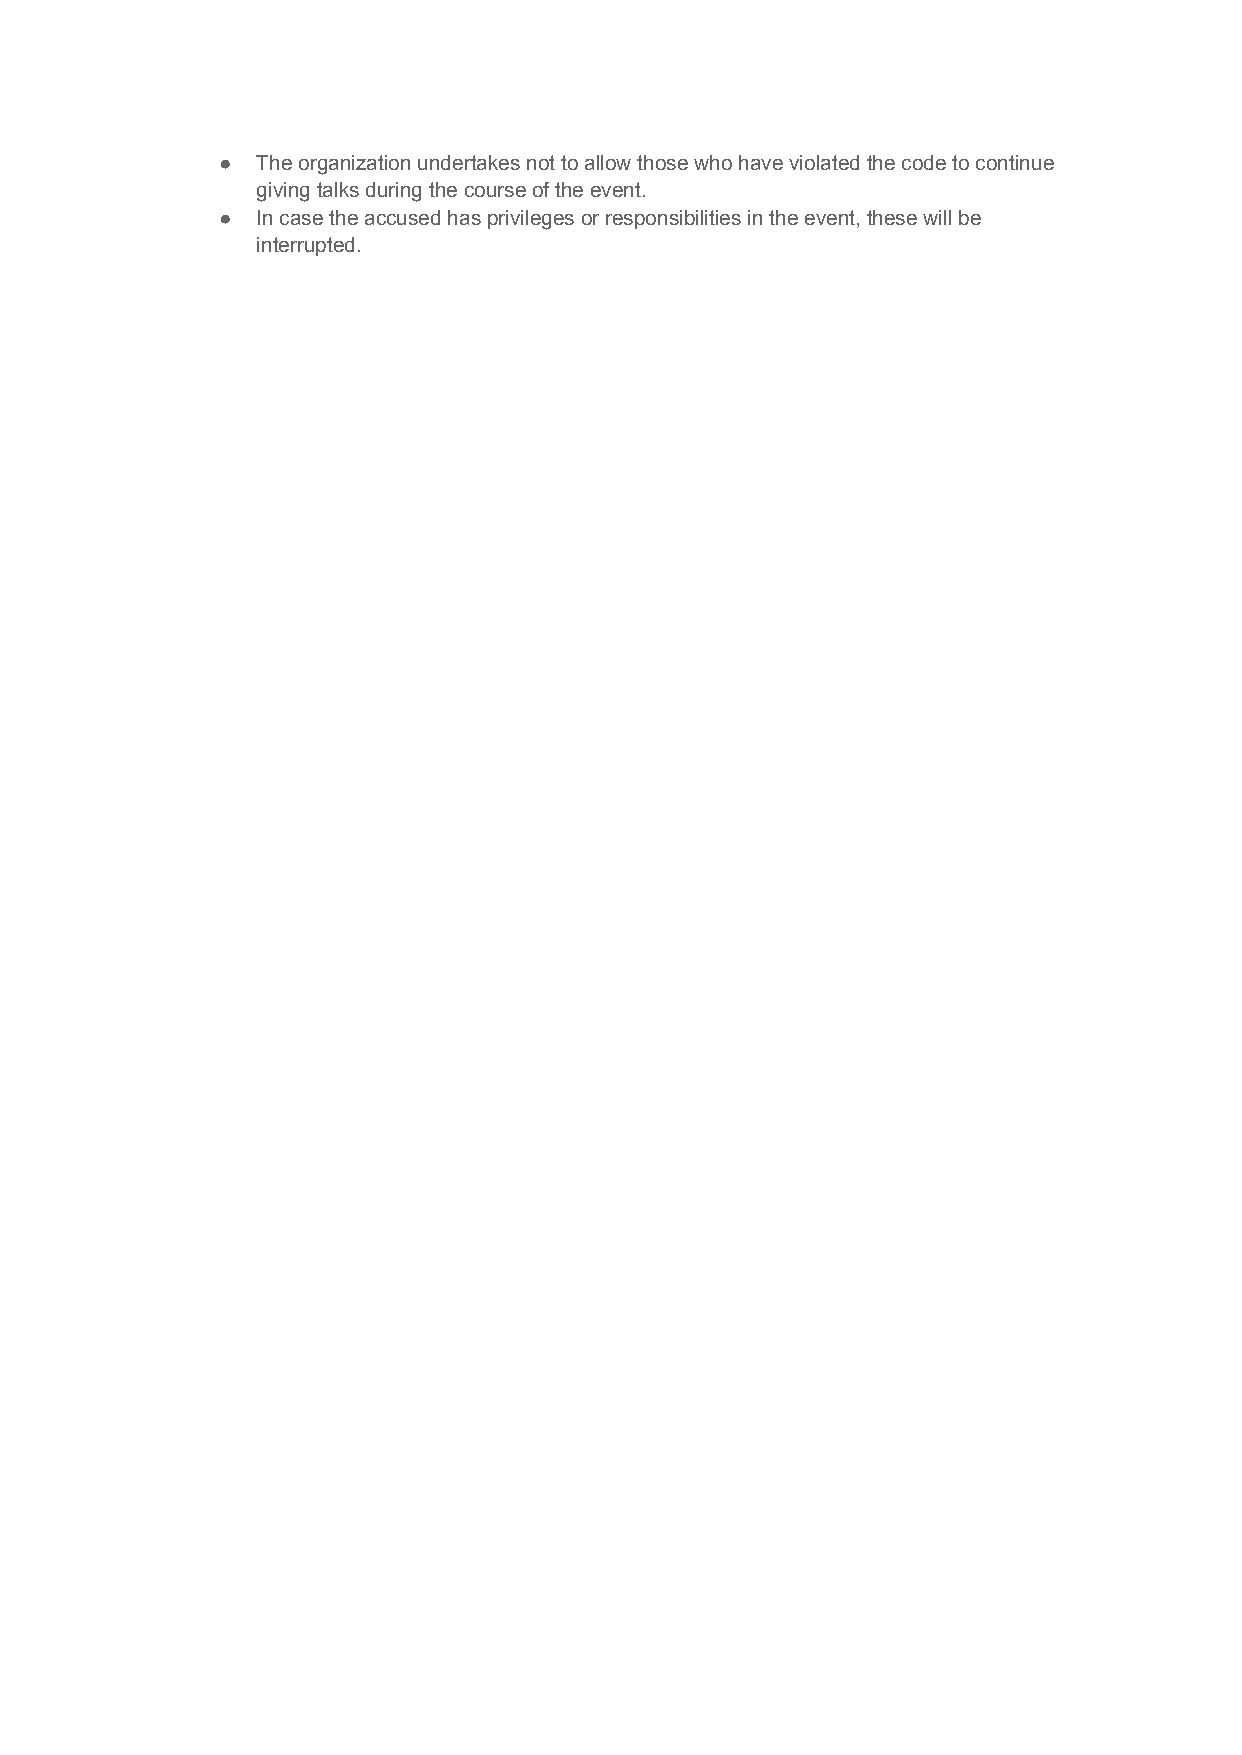
●  The organization undertakes not to allow those who have violated the code to continue
 giving talks during the course of the event.
 ●  In case the accused has privileges or responsibilities in the event, these will be
 interrupted.